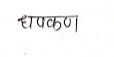
मजकूर: धपकन